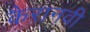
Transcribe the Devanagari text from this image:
कैरानवी